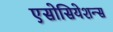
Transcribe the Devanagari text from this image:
एसोसियेशन्स